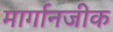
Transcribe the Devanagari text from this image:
मार्गानजीक